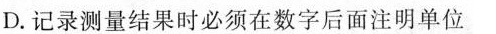
D.记录测量结果时必须在数字后面注明单位